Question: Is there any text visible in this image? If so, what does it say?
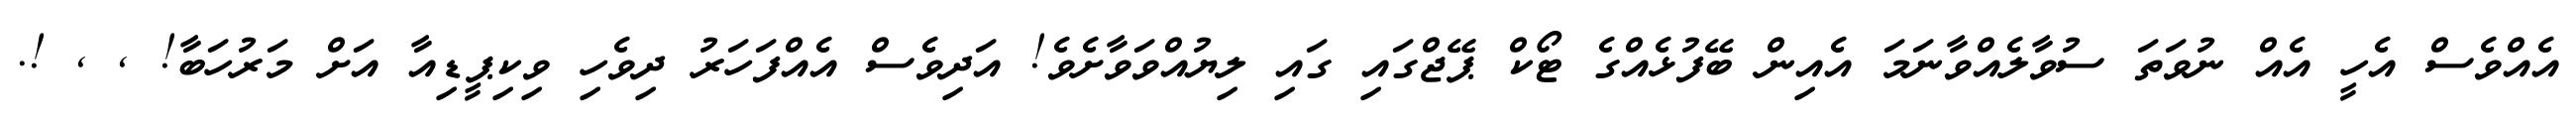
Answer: އެއްވެސް އެހީ އެއް ނުވަތަ ސުވާލެއްވާނަމަ އެއިން ބޭފުޅެއްގެ ޓޯކް ޕޭޖްގައި ގައި ލިޔުއްވަވާށެވެ! އަދިވެސް އެއްފަހަރު ދިވެހި ވިކިޕީޑިއާ އަށް މަރުހަބާ! , , !.